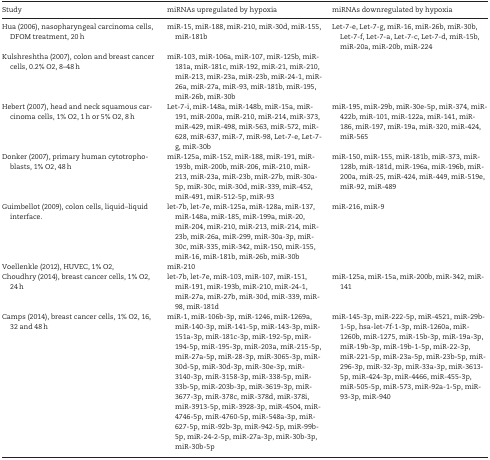
<table><thead><tr><td><b>Study</b></td><td><b>miRNAs upregulated by hypoxia</b></td><td><b>miRNAs downregulated by hypoxia</b></td></tr></thead><tbody><tr><td>Hua (2006), nasopharyngeal carcinoma cells, DFOM treatment, 20 h</td><td>miR-15, miR-188, miR-210, miR-30d, miR-155, miR-181b</td><td>Let-7-e, Let-7-g, miR-16, miR-26b, miR-30b, Let-7-f, Let-7-a, Let-7-c, Let-7-d, miR-15b, miR-20a, miR-20b, miR-224</td></tr><tr><td>Kulshreshtha (2007), colon and breast cancer cells, 0.2% O2, 8–48 h</td><td>miR-103, miR-106a, miR-107, miR-125b, miR-181a, miR-181c, miR-192, miR-21, miR-210, miR-213, miR-23a, miR-23b, miR-24-1, miR-26a, miR-27a, miR-93, miR-181b, miR-195, miR-26b, miR-30b</td><td></td></tr><tr><td>Hebert (2007), head and neck squamous carcinoma cells, 1% O2, 1 h or 5% O2, 8 h</td><td>Let-7-i, miR-148a, miR-148b, miR-15a, miR-191, miR-200a, miR-210, miR-214, miR-373, miR-429, miR-498, miR-563, miR-572, miR-628, miR-637, miR-7, miR-98, Let-7-e, Let-7-g, miR-30b</td><td>miR-195, miR-29b, miR-30e-5p, miR-374, miR-422b, miR-101, miR-122a, miR-141, miR-186, miR-197, miR-19a, miR-320, miR-424, miR-565</td></tr><tr><td>Donker (2007), primary human cytotrophoblasts, 1% O2, 48 h</td><td>miR-125a, miR-152, miR-188, miR-191, miR-193b, miR-200b, miR-206, miR-210, miR-213, miR-23a, miR-23b, miR-27b, miR-30a-5p, miR-30c, miR-30d, miR-339, miR-452, miR-491, miR-512-5p, miR-93</td><td>miR-150, miR-155, miR-181b, miR-373, miR-128b, miR-181d, miR-196a, miR-196b, miR-200a, miR-25, miR-424, miR-449, miR-519e, miR-92, miR-489</td></tr><tr><td>Guimbellot (2009), colon cells, liquid–liquid interface.</td><td>let-7b, let-7e, miR-125a, miR-128a, miR-137, miR-148a, miR-185, miR-199a, miR-20, miR-204, miR-210, miR-213, miR-214, miR-23b, miR-26a, miR-299, miR-30a-3p, miR-30c, miR-335, miR-342, miR-150, miR-155, miR-16, miR-181b, miR-26b, miR-30b</td><td>miR-216, miR-9</td></tr><tr><td>Voellenkle (2012), HUVEC, 1% O2,</td><td>miR-210</td><td></td></tr><tr><td>Choudhry (2014), breast cancer cells, 1% O2, 24 h</td><td>let-7b, let-7e, miR-103, miR-107, miR-151, miR-191, miR-193b, miR-210, miR-24-1, miR-27a, miR-27b, miR-30d, miR-339, miR-98, miR-181d</td><td>miR-125a, miR-15a, miR-200b, miR-342, miR-141</td></tr><tr><td>Camps (2014), breast cancer cells, 1% O2, 16, 32 and 48 h</td><td>miR-1, miR-106b-3p, miR-1246, miR-1269a, miR-140-3p, miR-141-5p, miR-143-3p, miR-151a-3p, miR-181c-3p, miR-192-5p, miR-194-5p, miR-195-3p, miR-203a, miR-215-5p, miR-27a-5p, miR-28-3p, miR-3065-3p, miR-30d-5p, miR-30d-3p, miR-30e-3p, miR-3140-3p, miR-3158-3p, miR-338-5p, miR-33b-5p, miR-203b-3p, miR-3619-3p, miR-3677-3p, miR-378c, miR-378d, miR-378i, miR-3913-5p, miR-3928-3p, miR-4504, miR-4746-5p, miR-4760-5p, miR-548a-3p, miR-627-5p, miR-92b-3p, miR-942-5p, miR-99b-5p, miR-24-2-5p, miR-27a-3p, miR-30b-3p, miR-30b-5p</td><td>miR-145-3p, miR-222-5p, miR-4521, miR-29b-1-5p, hsa-let-7f-1-3p, miR-1260a, miR-1260b, miR-1275, miR-15b-3p, miR-19a-3p, miR-19b-3p, miR-19b-1-5p, miR-22-3p, miR-221-5p, miR-23a-5p, miR-23b-5p, miR-296-3p, miR-32-3p, miR-33a-3p, miR-3613-5p, miR-424-3p, miR-4466, miR-455-3p, miR-505-5p, miR-573, miR-92a-1-5p, miR-93-3p, miR-940</td></tr></tbody></table>